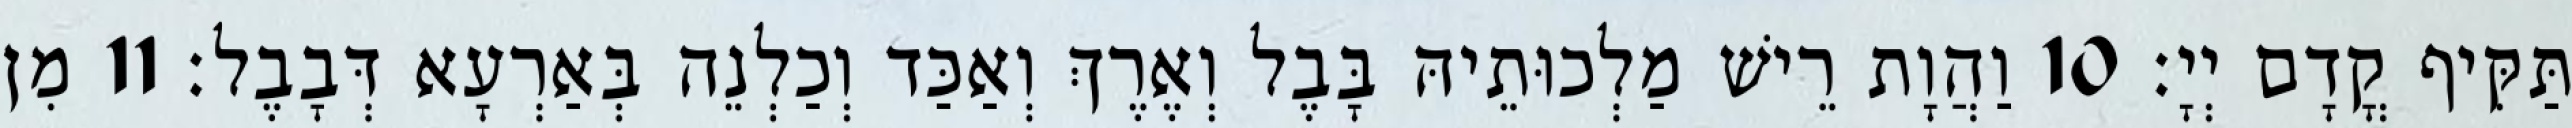
תַּקִּיף קֳדָם יְיָ׃ 10 וַהֲוָת רֵישׁ מַלְכוּתֵיהּ בָּבֶל וְאֶרֶךְ וְאַכַּד וְכַלְנֵה בְּאַרְעָא דְּבָבֶל׃ 11 מִן